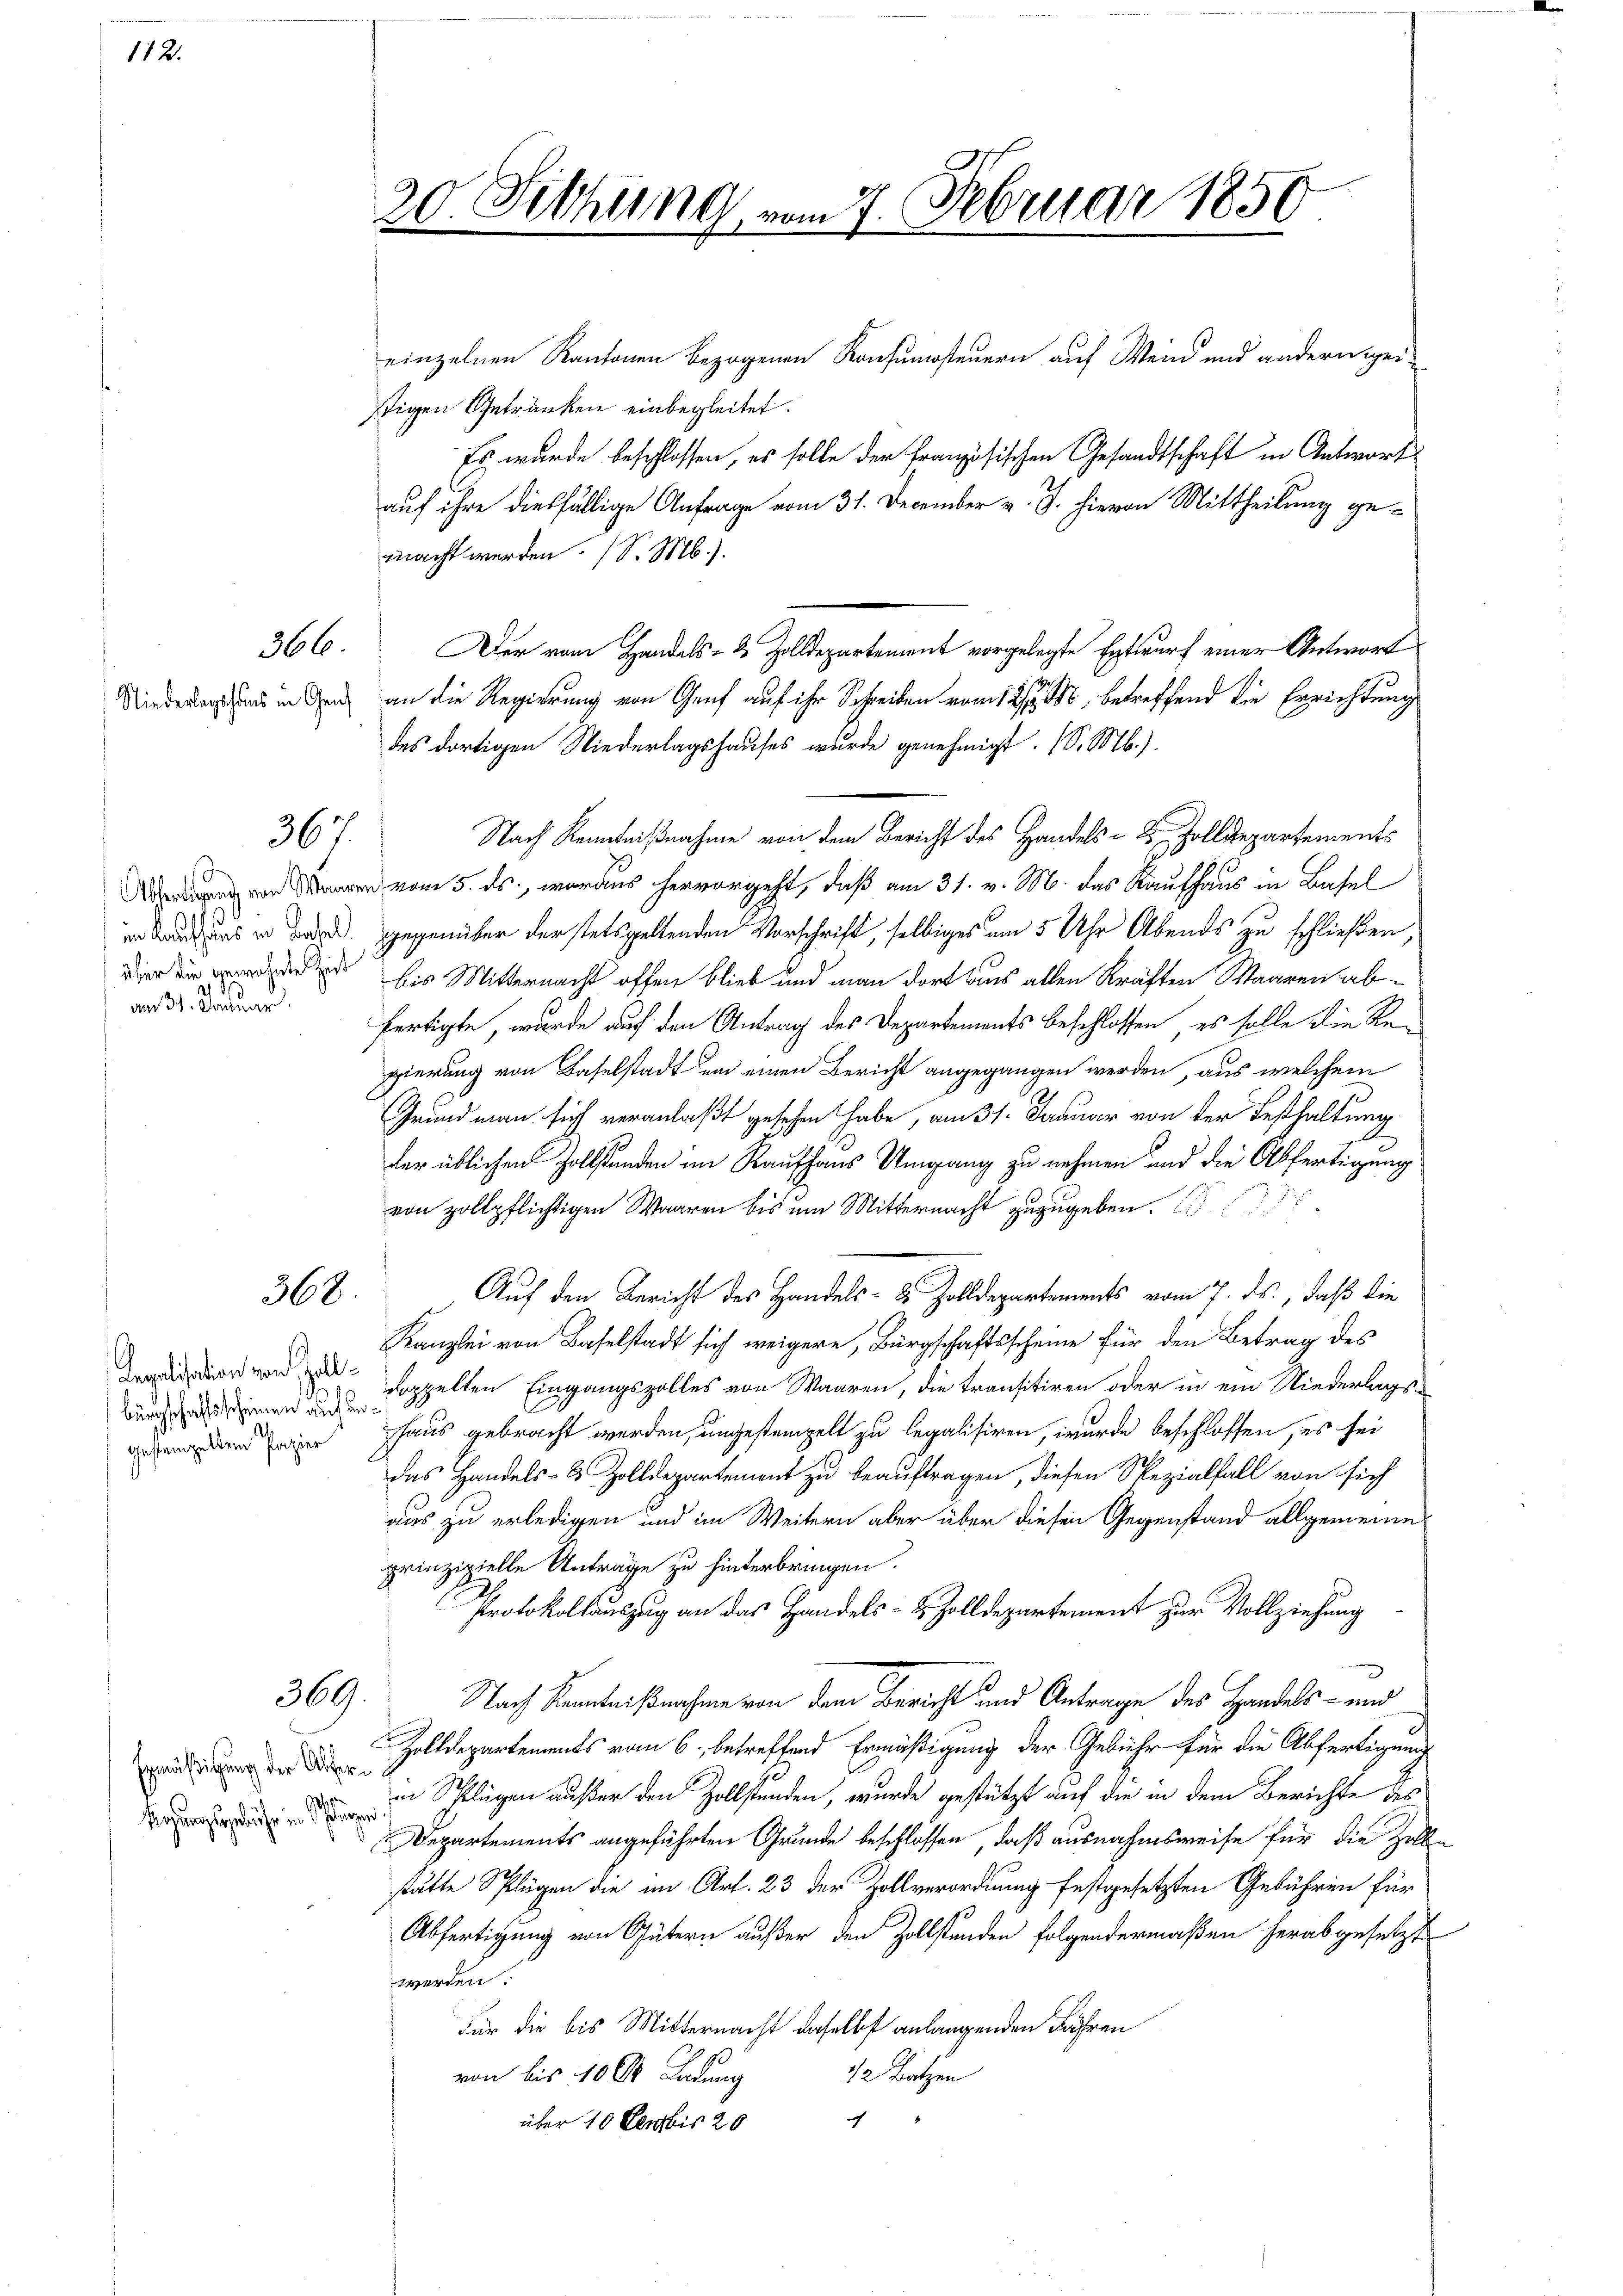
112.

366.

am 31. Januar

367.

362.

bürgschaftsscheinen auf ungestempelten Papier

369.

Ermäßigung der Altern.
des
Ergungsgebühr in Pfingen

einzelnen Kantonen bezogenen Konsumsteuern auf Wein und andern eistigen Getränken einbegleitet.
Es wurde beschlossen, es solle der französischen Gesandtschaft in Antwort
auf ihre diesfällige Anfrage vom 31. December v. J. hievon Mittheilung gemacht werden. (S. M.).
Der vom Handels- & Zolldepartement vorgelegte Entwurf einer Antwort
Wiederaus in Ganz an die Regierung von Genf auf ihr Schreiben vom 12ten betreffend die Errichtung
des dortigen Niederlagshauses wurde genehmigt. (S. M.).
Nach Kenntnißnahme von dem Bericht des Handels- & Zolldepartements
 vom 5. ds., woraus hervorgeht, daß am 31. v. M. das Kaufhaus in Basel
ir dadurch das in orders gegenüber der stets geltenden Vorschrift, selbiges am 5 Uhr Abends zu schließen,
 bis Mitternacht offen blieb und man dort ains allen Kräften Waaren abfertigte, wurde auf den Antrag des Departements beschlossen, es solle die Regierung von Baselstadt um einen Bericht angegangen werden, aus welchem
Grund man sich veranlaßt gesehen habe, am 31. Januar von der Festhaltung
der üblichen Zollstanden im Raufhaus Umgang zu nehmen und die Abfertigung
von zollpflichtigen Waaren bis um Mitternacht zuzugeben.
Auf den Bericht des Handels- 2 Zolldepartements vom 7. ds., daß die
Kanzlei von Baselstadt sich weigere, Bürgschaftsscheine für den Betrag des
dition von doppelten Eingangszolles von Waaren, die transitiven oder in ein Niederlagshaus gebracht werden, ungestempelt zu legalisiren, wurde beschlossen, es sei
Das Handels- & Zolldepartement zu beauftragen, diesen Spezialfall von sich
aus zu erledigen und im Weitern aber über diesen Gegenstand allgemeines
prinzipielle Anträge zu hinterbringen.
Protokollauszug an das Handels- & Zolldepartement zur Vollziehung
¬
Nach Kenntnißnahme von dem Bericht und Antrage des Handels- und
Zolldepartements vom 6. betreffend Ermäßigung der Gebühr für die Abfertigung
in Schlügen außer den Zollständen, wurde gestützt auf die in dem Berichte des
pen
Departements angeführten Grunde beschlossen, daß ausnahmsweise für die Holle
stätte Splügen die im Art. 23 der Zollverordnung festgesetzten Gebühren für
Abfertigung von Gütern außer den Zollständen folgendermaßen herabgesetzt
werden:
Für die bis Mitternacht daselbst anlangenden Jahren
12 Batzen
von bis 100 Ladung
"
über 10 Serbis 20

20. Fethung vom 7. Februar 1851